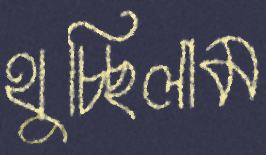
থুচ্ছিলাম